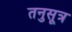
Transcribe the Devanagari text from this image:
तनुसूत्र